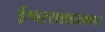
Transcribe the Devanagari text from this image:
ईश्वरसाक्षात्कार